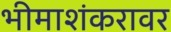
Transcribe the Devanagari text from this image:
भीमाशंकरावर